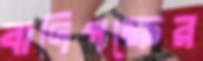
বাদিপক্ষের